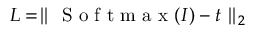
L = \parallel \mathrm { ~ S ~ o ~ f ~ t ~ m ~ a ~ x ~ } ( I ) - t \parallel _ { 2 }